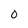
Character: 0